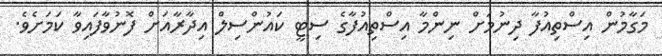
މަގާމުން އިސްތިއުފާ ދިނުމަށް ނިންމާ އިސްތިއުފާގެ ސިޓީ ކައުންސިލް އިދާރާއަށް ފޮނުވާފައިވާ ކަމަށެވެ.